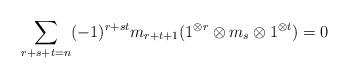
LaTeX: \begin{align*} \sum_{r+s+t=n} (-1)^{r+st}m_{r+t+1}( 1^{\otimes r} \otimes m_s \otimes 1^{\otimes t}) = 0\end{align*}